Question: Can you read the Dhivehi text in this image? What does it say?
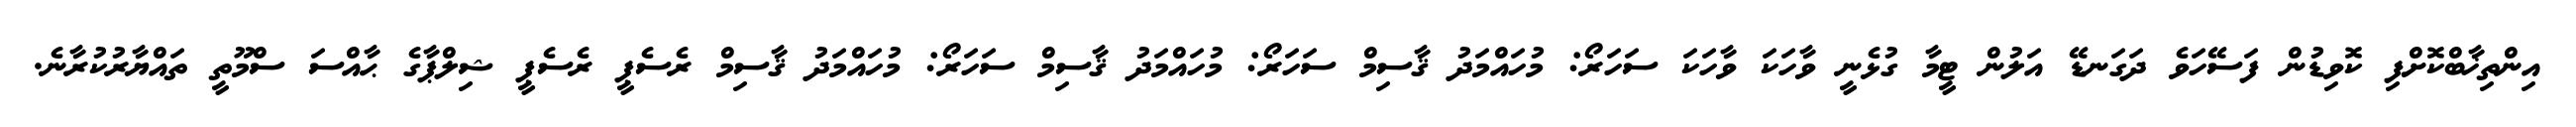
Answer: އިންތިޚާބްކޮށްފި ކޮވިޑުން ފަސޭހަވެ ދަގަނޑޭ އަލުން ޓީމާ ގުޅެނީ ވާހަކަ ވާހަކަ ސަހަރޯ: މުހައްމަދު ޤާސިމް ސަހަރޯ: މުހައްމަދު ޤާސިމް ސަހަރޯ: މުހައްމަދު ޤާސިމް ރެސެޕީ ރެސެޕީ ޝިލްޕާގެ ޙާއްސަ ސްމޫތީ ތައްޔާރުކުރާނެ.